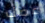
عضك